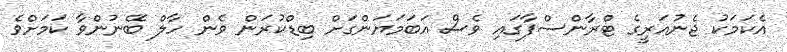
އެކަމަކު ޖެނުއަރީގެ ޓްރާންސްފާގައި ވެސް އަބަމަޔަންގަށް ބިޑްކުރަން ވެން ހާލް ބޭނުންވާ ކަމަށްވެ